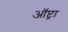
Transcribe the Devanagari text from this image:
ऑप्ट्रा